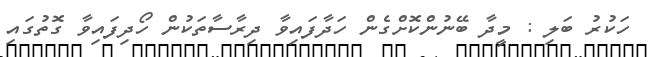
ހަކުރު ބަލި : މީދާ ބޭނުންކޮށްގެން ހަދާފައިވާ ދިރާސާތަކުން ހޯދިފައިވާ ގޮތުގައި